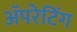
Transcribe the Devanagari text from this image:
ॲपरेटिंग